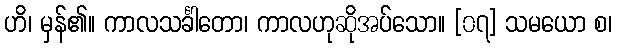
ဟိ၊ မှန်၏။ ကာလသင်္ခါတော၊ ကာလဟုဆိုအပ်သော။ [၀၇] သမယော စ၊